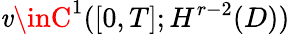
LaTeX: \mathit{v}\inC^{1}([0,T];H^{r-2}(D))